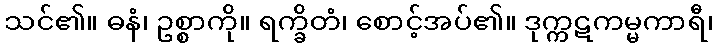
သင်၏။ ဓနံ၊ ဥစ္စာကို။ ရက္ခိတံ၊ စောင့်အပ်၏။ ဒုက္ကဋကမ္မကာရီ၊